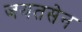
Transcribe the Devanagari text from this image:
जयतसेन